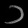
Digit: ၁